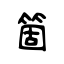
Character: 箇